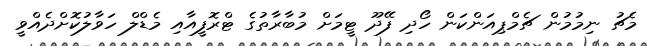
މެޗު ނިމުމުން ޗެމްޕިއަންކަން ހޯދި ފޭދޫ ޓީމަށް މުބާރާތުގެ ޓްރޮފީއާއި މެޑްލް ހަވާލުކޮށްދެއްވީ